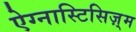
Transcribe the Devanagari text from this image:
ऐग्नास्टिसिज़्म